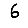
Digit: 6